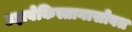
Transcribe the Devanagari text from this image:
उझबेकिस्तानासोबत